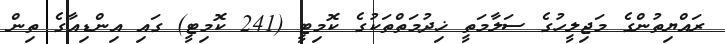
ރައްޔިތުންގެ މަޖިލީހުގެ ސަލާމަތީ ޚިދުމަތްތަކުގެ ކޮމިޓީ (241 ކޮމިޓީ) ގައި އިންޑިއާގެ ތިން